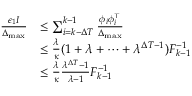
\begin{array} { r l } { \frac { \epsilon _ { 1 } I } { \Delta _ { \operatorname* { m a x } } } } & { \leq \sum _ { i = k - \Delta T } ^ { k - 1 } \frac { \phi _ { i } \phi _ { i } ^ { \top } } { \Delta _ { \operatorname* { m a x } } } } \\ & { \leq \frac { \lambda } { \kappa } ( 1 + \lambda + \cdots + \lambda ^ { \Delta T - 1 } ) F _ { k - 1 } ^ { - 1 } } \\ & { \leq \frac { \lambda } { \kappa } \frac { \lambda ^ { \Delta T } - 1 } { \lambda - 1 } F _ { k - 1 } ^ { - 1 } } \end{array}